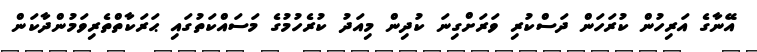
އޭނާގެ އަރިހުން ކުރަހަން ދަސްކުރި ވަރަށްގިނަ ކުދިން މިއަދު ކުރެހުމުގެ މަސައްކަތުގައި ޙަރަކާތްތެރިވަމުންދާކަން